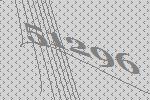
51296